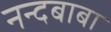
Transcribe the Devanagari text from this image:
नन्दबाबा